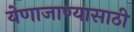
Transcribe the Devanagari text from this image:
येणाजाण्यासाठी